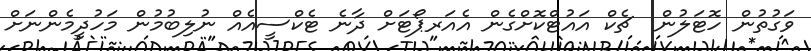
ވަގުތުން ހޮޓަލުން  ޗެކް އައުޓްކޮށްގެން އެއަރޕޯޓަށް ދާނެ ޓެކްސީއެއް ނުލިބުމުން މަހުދީމެންނަށް